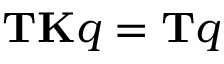
\mathbf { T K } q = \mathbf { T } q